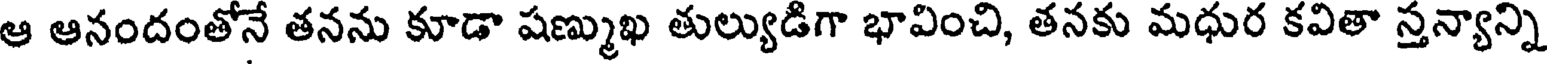
ఆ ఆనందంతోనే తనను కూడా షణ్ముఖ తుల్యుడిగా భావించి, తనకు మధుర కవితా స్తన్యాన్ని